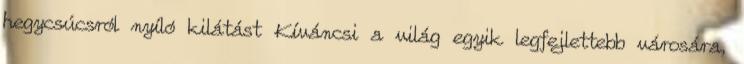
hegycsúcsról nyíló kilátást Kíváncsi a világ egyik legfejlettebb városára,